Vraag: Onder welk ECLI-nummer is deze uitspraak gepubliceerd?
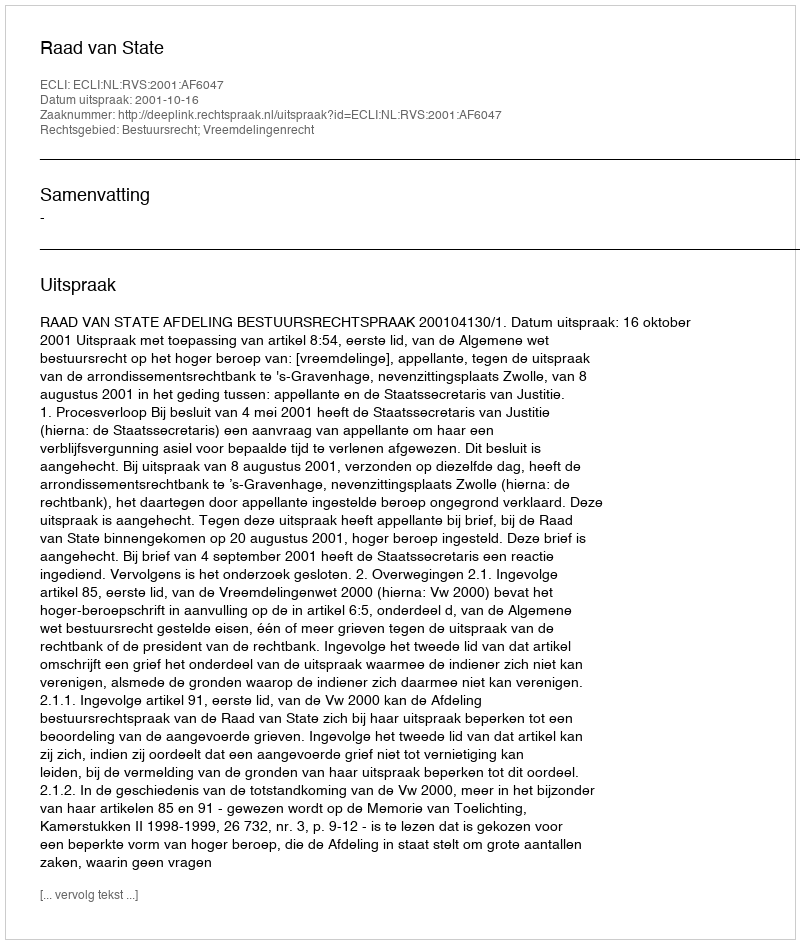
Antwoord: ECLI:NL:RVS:2001:AF6047